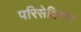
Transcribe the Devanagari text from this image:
परिसेविताम